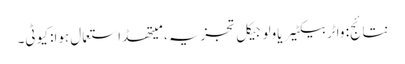
نتائج: واٹر بیکٹیریاولوجیکل تجزیہ ، میتھڈ استعمال ہوا: کیو ٹی۔